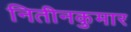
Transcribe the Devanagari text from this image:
नितीनकुमार